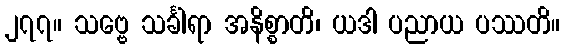
၂၇၇။ သဗ္ဗေ သင်္ခါရာ အနိစ္စာတိ၊ ယဒါ ပညာယ ပဿတိ။